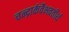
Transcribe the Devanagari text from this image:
चन्द्रार्कवैभवतीर्थ